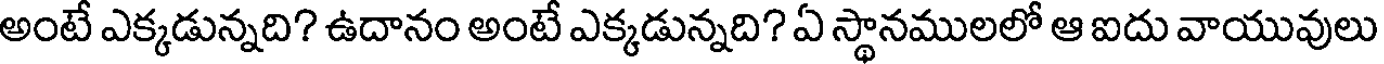
అంటే ఎక్కడున్నది? ఉదానం అంటే ఎక్కడున్నది? ఏ స్థానములలో ఆ ఐదు వాయువులు